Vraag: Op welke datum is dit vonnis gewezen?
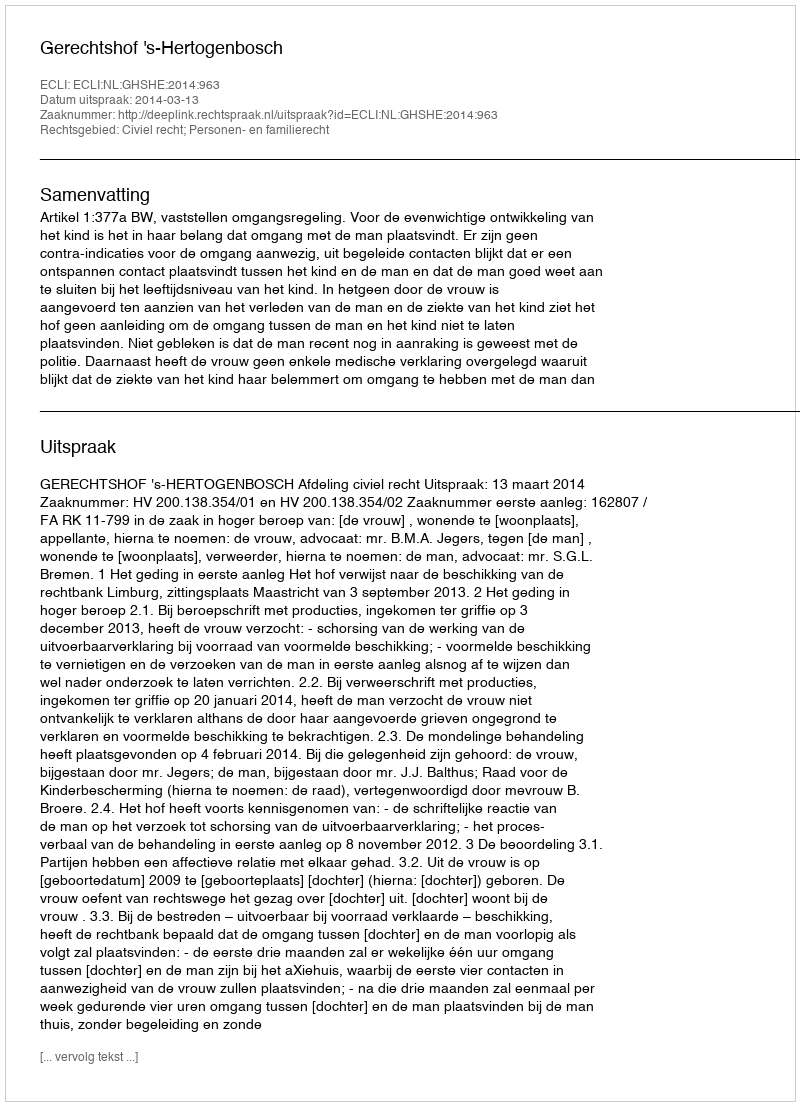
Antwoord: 2014-03-13